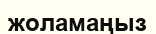
жоламаңыз